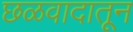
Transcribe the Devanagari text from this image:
छळवादातून